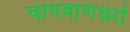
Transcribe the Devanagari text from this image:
चापबाणधरो